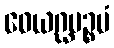
ဝေယဂ္ဃပဉ္စမံ